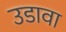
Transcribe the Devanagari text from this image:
उडावा